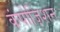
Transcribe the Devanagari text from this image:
कंपोज़िशन